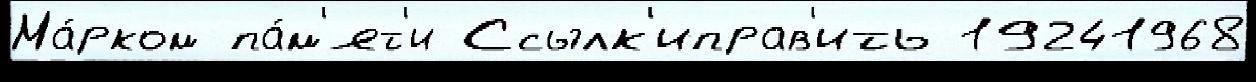
Ма́рком па́м'ят'и Ссылк'иправ'ить 19241968